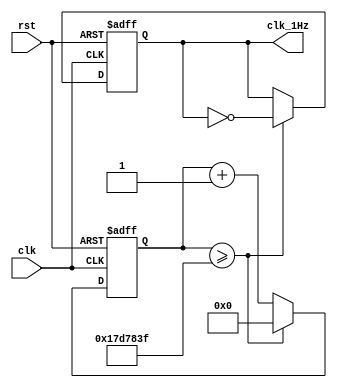
module fd_1Hz(
    input      clk,  // 50MHz input clk
    input      rst,
    output reg clk_1Hz
);

// 50MHz1Hz50,000,000
// 25,000,000
localparam COUNT_MAX = 25000000;

reg [24:0] count;  // 2525,000,000

always @(posedge clk or negedge rst) begin
    if (!rst) begin
        count <= 0;
        clk_1Hz <= 0;
    end else begin
        if (count >= COUNT_MAX - 1) begin
            count <= 0;
            clk_1Hz <= ~clk_1Hz;  // clk_1Hz
        end else begin
            count <= count + 1;
        end
    end
end

endmodule